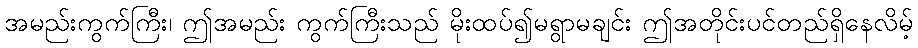
အမည်းကွက်ကြီး၊ ဤအမည်း ကွက်ကြီးသည် မိုးထပ်၍မရွာမချင်း ဤအတိုင်းပင်တည်ရှိနေလိမ့်